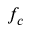
f _ { c }